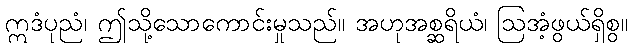
ဣဒံပုညံ၊ ဤသို့သောကောင်းမှုသည်။ အဟုအစ္ဆရိယံ၊ ဩအံ့ဖွယ်ရှိစွ။